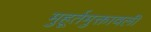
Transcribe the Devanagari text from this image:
मुहूर्तमुक्तावली